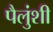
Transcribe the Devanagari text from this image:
पैलुंशी